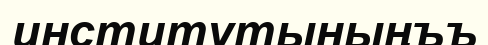
институтыныңъъ